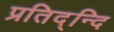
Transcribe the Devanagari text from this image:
प्रतिद्न्दि